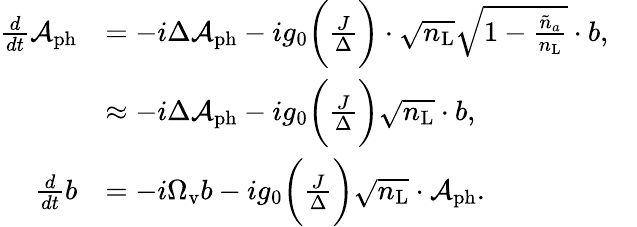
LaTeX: \begin{array}{rlr}{\frac{d}{dt}\mathcal{A}_{\mathrm{ph}}}&{=-i\Delta\mathcal{A}_{\mathrm{ph}}-ig_{0}\bigg(\frac{J}{\Delta}\bigg)\cdot\sqrt{n_{\mathrm{L}}}\sqrt{1-\frac{\tilde{n}_{a}}{n_{\mathrm{L}}}}\cdot b,}&\\ &{\approx-i\Delta\mathcal{A}_{\mathrm{ph}}-ig_{0}\bigg(\frac{J}{\Delta}\bigg)\sqrt{n_{\mathrm{L}}}\cdot b,}&\\ {\frac{d}{dt}b}&{=-i\Omega_{\mathrm{v}}b-ig_{0}\bigg(\frac{J}{\Delta}\bigg)\sqrt{{n}_{\mathrm{L}}}\cdot\mathcal{A}_{\mathrm{ph}}.}\end{array}